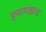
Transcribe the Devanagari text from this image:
हमामखाना